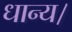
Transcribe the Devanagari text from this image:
धान्य।